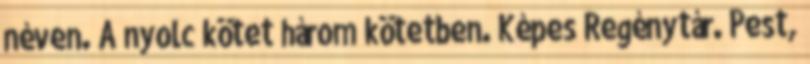
néven. A nyolc kötet három kötetben. Képes Regénytár. Pest,